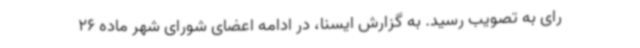
رای به تصویب رسید. به گزارش ایسنا، در ادامه اعضای شورای شهر ماده 26